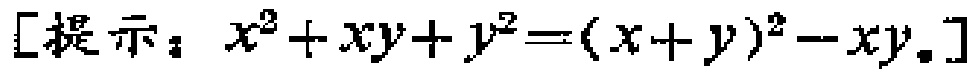
[提示：$x^{2}+xy + y^{2}=(x + y)^{2}-xy.$]